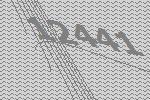
12441